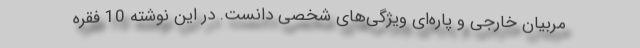
مربیان خارجی و پاره‌ای ویژگی‌های شخصی دانست. در این نوشته 10 فقره